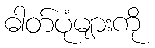
ဓါတ်ပုံများကို